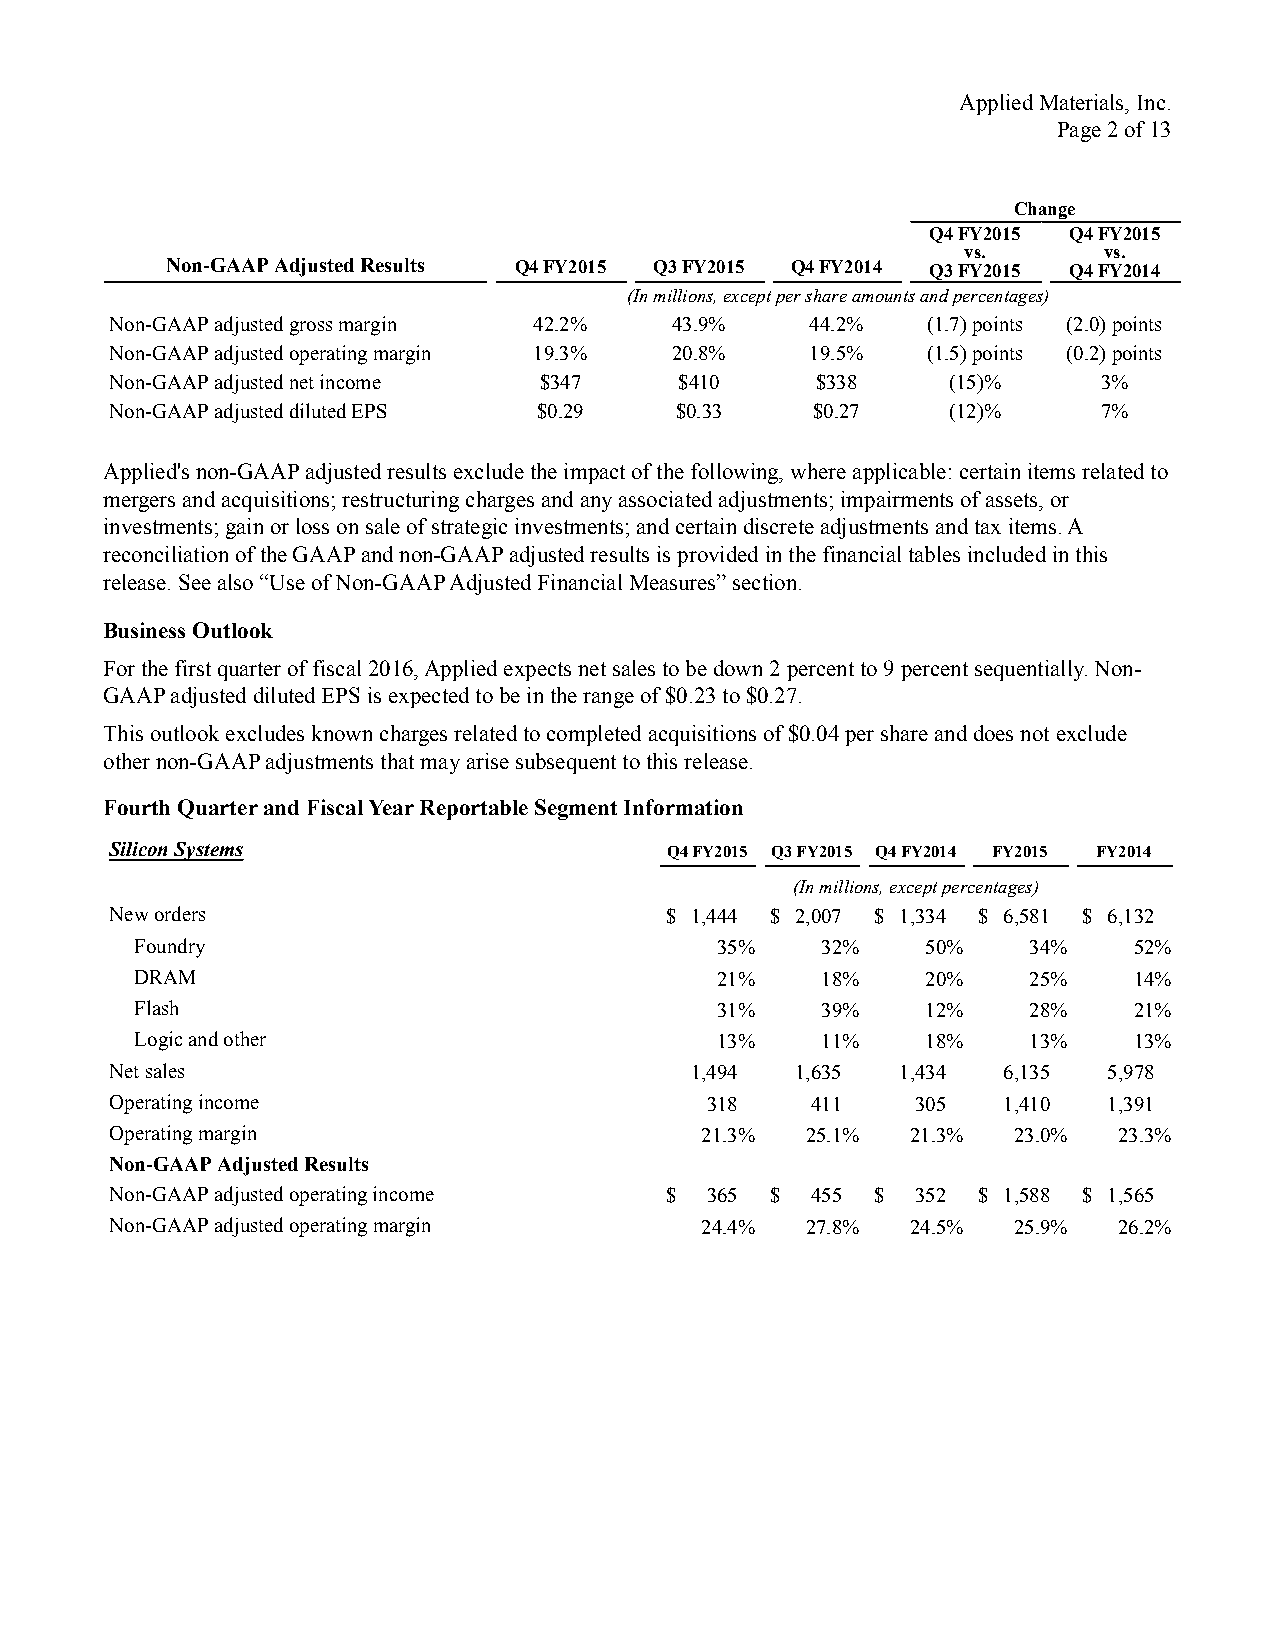
Applied Materials, Inc.
 Page 2 of 13
 Change
 Q4 FY2015 Q4 FY2015
 vs.      vs.
 Non-GAAP Adjusted Results Q4 FY2015 Q3 FY2015 Q4 FY2014 Q3 FY2015 Q4 FY2014
 (In millions, except per share amounts and percentages)
 Non-GAAP adjusted gross margin 42.2% 43.9%     44.2%  (1.7) points (2.0) points
 Non-GAAP adjusted operating margin 19.3% 20.8% 19.5%  (1.5) points (0.2) points
 Non-GAAP adjusted net income $347     $410     $338     (15)%     3%
 Non-GAAP adjusted diluted EPS $0.29   $0.33    $0.27    (12)%     7%
 Applied's non-GAAP adjusted results exclude the impact of the following, where applicable: certain items related to
 mergers and acquisitions; restructuring charges and any associated adjustments; impairments of assets, or
 investments; gain or loss on sale of strategic investments; and certain discrete adjustments and tax items. A
 reconciliation of the GAAP and non-GAAP adjusted results is provided in the financial tables included in this
 release. See also “Use of Non-GAAP Adjusted Financial Measures” section.
 Business Outlook
 For the first quarter of fiscal 2016, Applied expects net sales to be down 2 percent to 9 percent sequentially. Non-
 GAAP adjusted diluted EPS is expected to be in the range of $0.23 to $0.27.
 This outlook excludes known charges related to completed acquisitions of $0.04 per share and does not exclude
 other non-GAAP adjustments that may arise subsequent to this release.
 Fourth Quarter and Fiscal Year Reportable Segment Information
 Silicon Systems                      Q4 FY2015 Q3 FY2015 Q4 FY2014 FY2015 FY2014
 (In millions, except percentages)
 New orders                           $ 1,444 $ 2,007 $ 1,334 $ 6,581 $ 6,132
 Foundry                               35%    32%    50%    34%    52%
 DRAM                                  21%    18%    20%    25%    14%
 Flash                                 31%    39%    12%    28%    21%
 Logic and other                       13%    11%    18%    13%    13%
 Net sales                              1,494  1,635  1,434 6,135  5,978
 Operating income                        318    411    305  1,410  1,391
 Operating margin                       21.3%  25.1%  21.3%  23.0%  23.3%
 Non-GAAP Adjusted Results
 Non-GAAP adjusted operating income   $  365 $  455 $  352 $ 1,588 $ 1,565
 Non-GAAP adjusted operating margin     24.4%  27.8%  24.5%  25.9%  26.2%